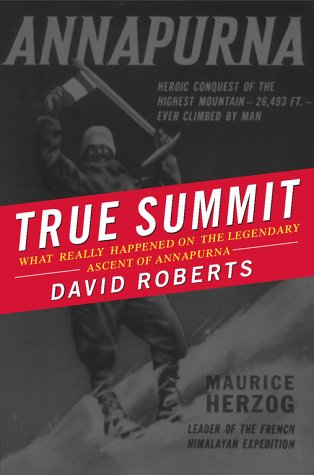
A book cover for True Summit: What Really Happened on the Legendary Ascent of Annapurna; David Roberts; Travel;